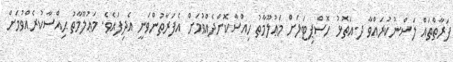
ފަރާތްތައް ލަސްނުކުރައްވާ ދ.އަތޮޅު ހޮސްޕިޓަލަށް މަޢުލޫމާތު ހިއްސާކޮށްދެއްވުމަށް އެފަރާތުންވަނީ އެދިފައެވެ. މަޢުލޫމާތު ޙިއްސާކުރެއްވުމަށް